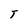
Character: T